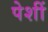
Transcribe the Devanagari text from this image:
पेशीं